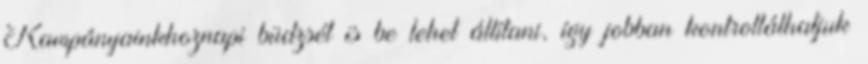
Kampányainkhoznapi büdzsét is be lehet állítani, így jobban kontrollálhatjuk